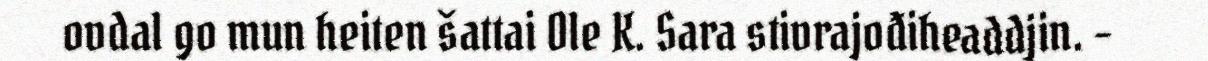
ovdal go mun heiten šattai Ole K. Sara stivrajođiheaddjin. –